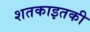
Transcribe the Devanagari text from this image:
शतकाइतकी